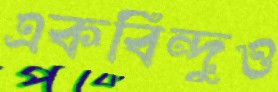
একবিন্দুও